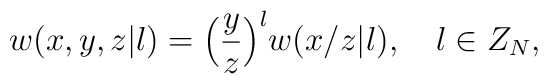
w(x,y,z|l)={\Bigl(}{y\over z}{\Bigr)}^l w(x/z|l),\quad l\in Z_N,